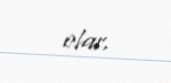
olar.